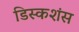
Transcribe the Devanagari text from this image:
डिस्कशंस